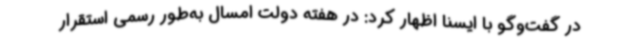
در گفت‌وگو با ایسنا اظهار کرد: در هفته دولت امسال به‌طور رسمی استقرار